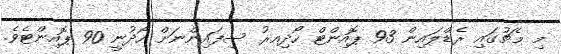
މި މެޗުގައި ރެޑްލައިން 93 ޕޮއިންޓް ހޯދިއރު ސިފައިންނަށް ހޯދުނީ 90 ޕޮއިންޓެވެ.